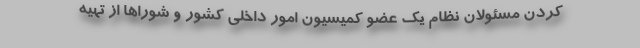
کردن مسئولان نظام یک عضو کمیسیون امور داخلی کشور و شوراها از تهیه